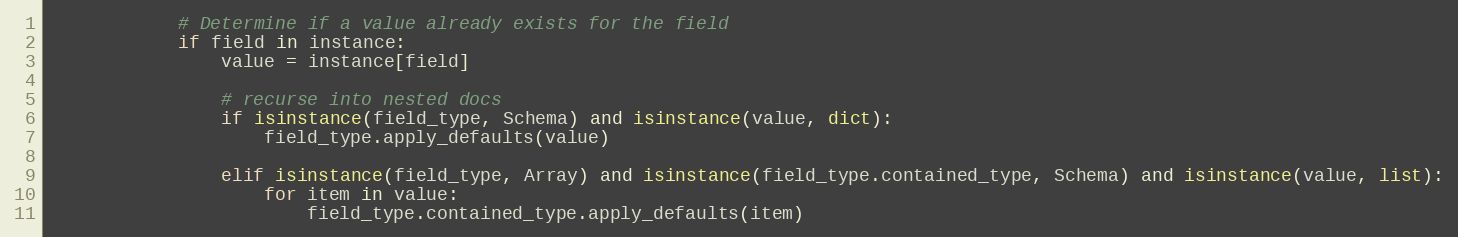
Language: Python
            # Determine if a value already exists for the field
            if field in instance:
                value = instance[field]

                # recurse into nested docs
                if isinstance(field_type, Schema) and isinstance(value, dict):
                    field_type.apply_defaults(value)

                elif isinstance(field_type, Array) and isinstance(field_type.contained_type, Schema) and isinstance(value, list):
                    for item in value:
                        field_type.contained_type.apply_defaults(item)